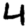
Digit: 4